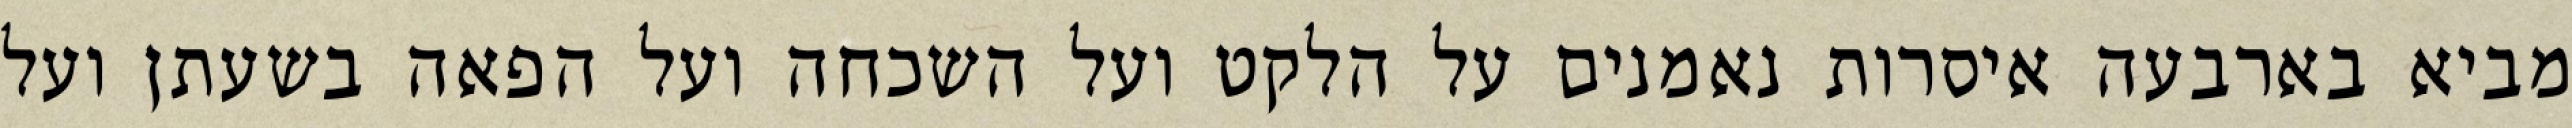
מביא בארבעה איסרות נאמנים על הלקט ועל השכחה ועל הפאה בשעתן ועל